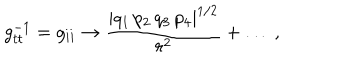
LaTeX: g _ { t t } ^ { - 1 } = g _ { i i } \rightarrow { \frac { | q _ { 1 } \, p _ { 2 } \, q _ { 3 } \, p _ { 4 } | ^ { 1 / 2 } } { r ^ { 2 } } } + \dots \ ,